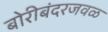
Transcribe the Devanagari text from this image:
बोरीबंदरजवळ